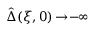
\hat { \Delta } ( \xi , 0 ) \! \to \! - \! \infty